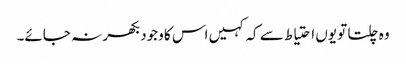
وہ چلتا تو یوں احتیاط سے کہ کہیں اس کا وجود بکھر نہ جائے۔